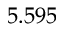
5 . 5 9 5